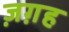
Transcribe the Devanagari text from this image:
ज़ग़ह